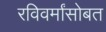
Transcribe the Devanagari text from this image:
रविवर्मांसोबत